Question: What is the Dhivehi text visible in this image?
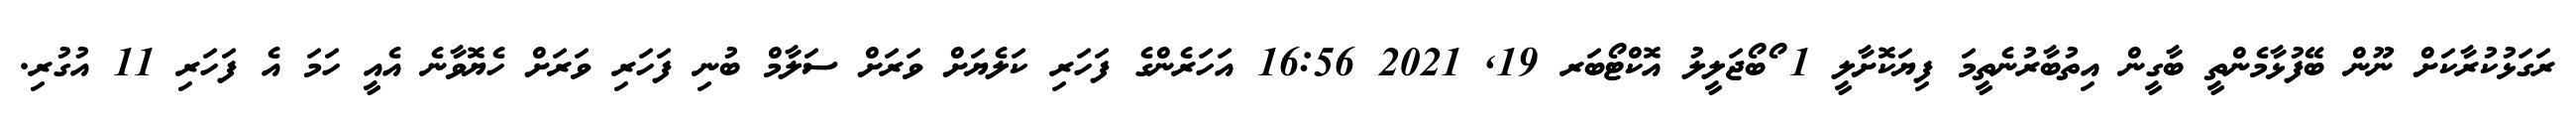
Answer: ރަގަޅުކުރާކަށް ނޫން ބޭފުޅާމެންތީ ބާގީން އިތުބާރުނެތީމަ ފިޔަކޮށާލީ 1 ޯބޯޖަލީލު އޮކްޓޯބަރ 19, 2021 16:56 އަހަރެންގެ ފަހަރި ކަލެޔަށް ވަރަށް ސަލާމް ބުނި ފަހަރި ވަރަށް ހެޔޮވާނެ އެއީ ހަމަ އެ ފަހަރި 11 އުގުރި.